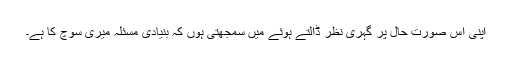
اپنی اس صورتِ حال پر گہری نظر ڈالتے ہوئے میں سمجھتی ہوں کہ بنیادی مسئلہ میری سوچ کا ہے۔